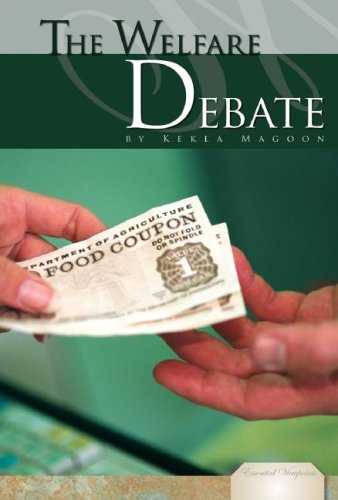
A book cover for The Welfare Debate (Essential Viewpoints); Kekla Magoon; Teen & Young Adult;